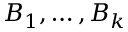
B _ { 1 } , \dots , B _ { k }